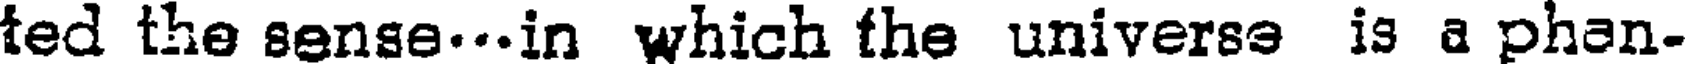
ted the sense...in which the universs is a phan-